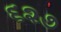
૬૨૭